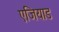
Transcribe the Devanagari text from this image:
एजियाड